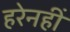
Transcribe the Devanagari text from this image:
हरेनहीं